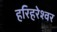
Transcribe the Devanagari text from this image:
हरिहरेश्वर